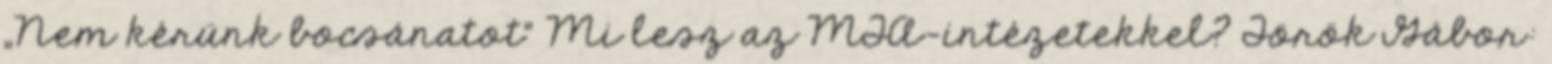
„Nem kérünk bocsánatot” Mi lesz az MTA-intézetekkel? Török Gábor: